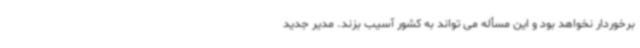
برخوردار نخواهد بود و این مسأله می تواند به کشور آسیب بزند. مدیر جدید